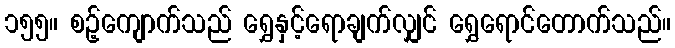
၁၅၅။ စဉ့်ကျောက်သည် ရွှေနှင့်ရောချက်လျှင် ရွှေရောင်တောက်သည်။